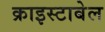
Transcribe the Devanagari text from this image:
क्राइस्टाबेल